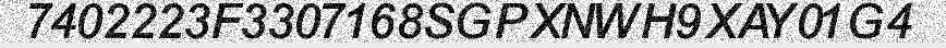
7402223F3307168SGPXNWH9XAY01G4